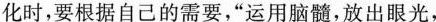
化时，要根据自己的需要，“运用脑髓，放出眼光，